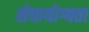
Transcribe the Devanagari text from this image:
सेवायोग्यता